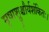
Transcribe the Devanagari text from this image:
मृषाश्रुश्चौर्यशंकितः।